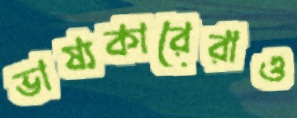
ভাষ্যকারেরাও